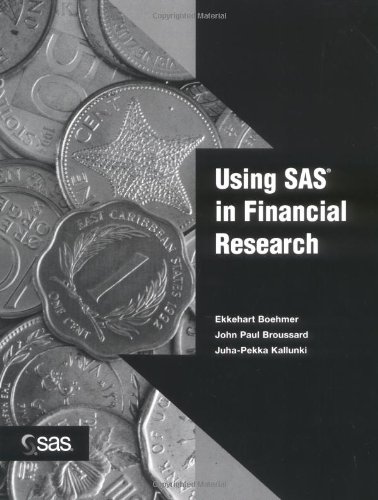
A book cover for Using SAS in Financial Research; Ekkehart Boehmer; Computers & Technology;